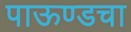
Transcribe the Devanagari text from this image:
पाऊण्डचा